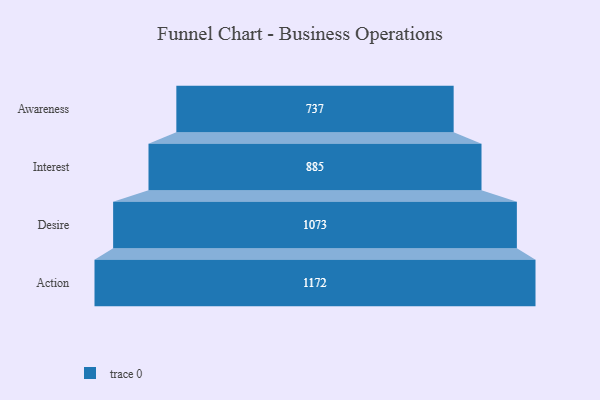
{"axis": {"x": "Stage", "y": "Value"}, "legend": [""], "data": [{"x": "Awareness", "y": 737.0, "type": ""}, {"x": "Interest", "y": 885.0, "type": ""}, {"x": "Desire", "y": 1073.0, "type": ""}, {"x": "Action", "y": 1172.0, "type": ""}]}